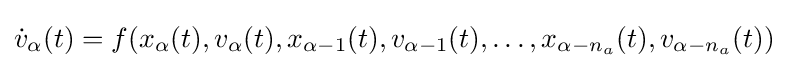
{\dot {v}}_{\alpha }(t)=f(x_{\alpha }(t),v_{\alpha }(t),x_{\alpha -1}(t),v_{\alpha -1}(t),\ldots ,x_{\alpha -n_{a}}(t),v_{\alpha -n_{a}}(t))